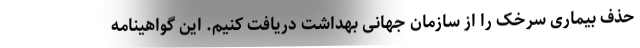
حذف بیماری سرخک را از سازمان جهانی بهداشت دریافت کنیم. این گواهینامه